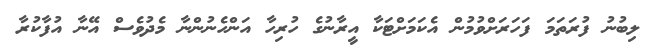
ލިބުނު ފުރަތަމަ ފަހަރަށްވުމުން އެކަމަށްޓަކާ އީރާނުގެ ހުރިހާ އަންހެނުންނާ މެދުވެސް އޭނާ އުފާކުރާ